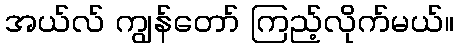
အယ်လ် ကျွန်တော် ကြည့်လိုက်မယ်။